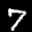
Label: 7